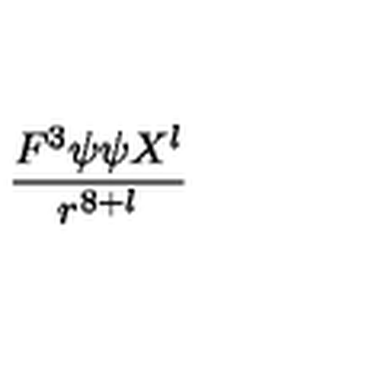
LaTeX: \frac { F ^ { 3 } \psi \psi X ^ { l } } { r ^ { 8 + l } }